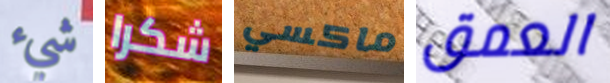
شيء شكرا ماكسي العمق